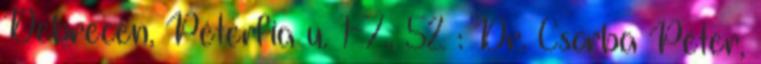
Debrecen, Péterfia u. 1-7., 52 : Dr. Csorba Péter,